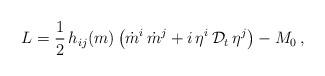
LaTeX: \begin{align*}L=\frac{1}{2}\,h_{ij}(m) \left( \dot m^i \,\dot m^j +i\,\eta^i \,{\cal D}_t\,\eta^j\right)-M_0\,,\end{align*}